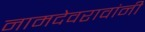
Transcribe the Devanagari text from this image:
नामदेवरावांनी